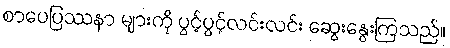
စာပေပြဿနာ များကို ပွင့်ပွင့်လင်းလင်း ဆွေးနွေးကြသည်။